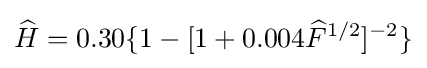
{\widehat {H}}=0.30\{1-[1+0.004{\widehat {F}}^{1/2}]^{-2}\}